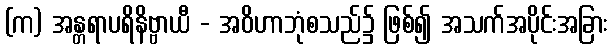
(က) အန္တရာပရိနိဗ္ဗာယီ - အဝိဟာဘုံစသည်၌ ဖြစ်၍ အသက်အပိုင်းအခြား